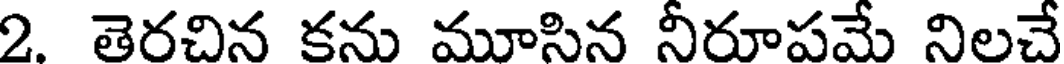
2. తెరచిన కను మూసిన నీరూపమే నిలచే